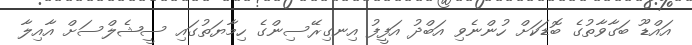
އައްޑޫ ބަގާވާތުގެ ބޮޑަކަށް ހުންނެވި އަބްދު އަފީފު އިނގިރޭސިންގެ ހިމާޔަތުގައި ސީޝެލްސަށް އާއިލާ